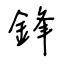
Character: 鋒